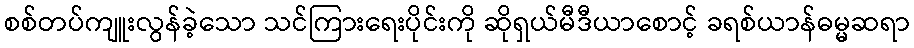
စစ်တပ်ကျူးလွန်ခဲ့သော သင်ကြားရေးပိုင်းကို ဆိုရှယ်မီဒီယာစောင့် ခရစ်ယာန်ဓမ္မဆရာ